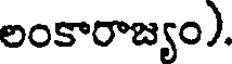
లంకారాజ్యం).